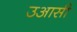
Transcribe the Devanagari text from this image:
उआसी